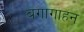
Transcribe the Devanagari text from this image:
बगागाहन